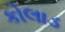
કોલાડ